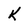
Character: k